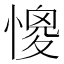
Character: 𢠧